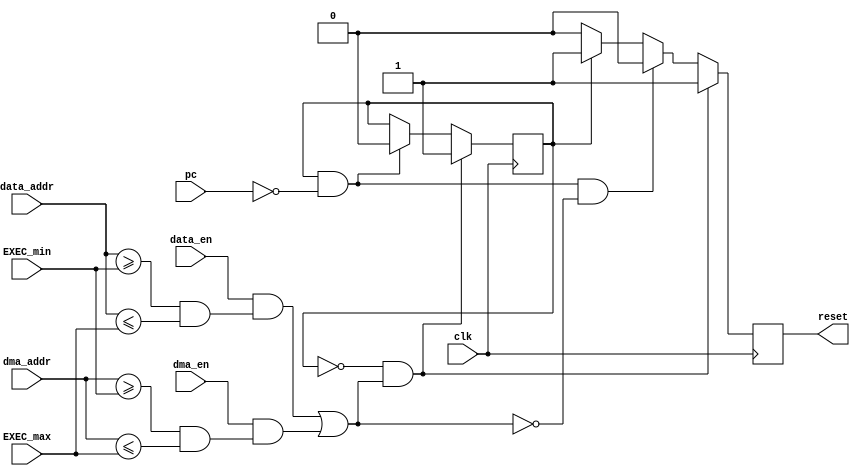

module  VAPE_EXEC_flag (
    clk,
    //
    pc,
    //
    data_addr,
    data_en,
    //
    dma_addr,
    dma_en,
    //
    EXEC_min,
    EXEC_max,
    
    reset
);

input		clk;
input   [15:0]  pc;
input   [15:0]  data_addr;
input           data_en;
input   [15:0]  dma_addr;
input           dma_en;
input   [15:0]  EXEC_min;
input   [15:0]  EXEC_max;
output          reset;

parameter RESET_HANDLER = 16'h0000;
// State codes
parameter EXEC  = 1'b0, ABORT = 1'b1;
//-------------Internal Variables---------------------------
reg             state;
reg             exec_res;
//

initial
    begin
        state = ABORT;
        exec_res = 1'b1;
    end

wire is_write_EXEC = data_en && (data_addr >= EXEC_min && data_addr <= EXEC_max);
wire is_write_DMA_EXEC = dma_en && (dma_addr >= EXEC_min && dma_addr <= EXEC_max);
wire reset_complete = pc == RESET_HANDLER;

wire EXEC_change = is_write_EXEC || is_write_DMA_EXEC;

always @(posedge clk)
if( state == EXEC && EXEC_change) 
    state <= ABORT;
else if (state == ABORT && reset_complete)
    state <= EXEC;
else state <= state;

always @(posedge clk)
if (state == EXEC && EXEC_change)
    exec_res <= 1'b1;
else if (state == ABORT && reset_complete && !EXEC_change)
    exec_res <= 1'b0;
else if (state == ABORT)
    exec_res <= 1'b1;
else if (state == EXEC)
    exec_res <= 1'b0;
else exec_res <= 1'b0;

assign reset = exec_res;

endmodule